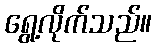
ရွေ့လိုက်သည်။